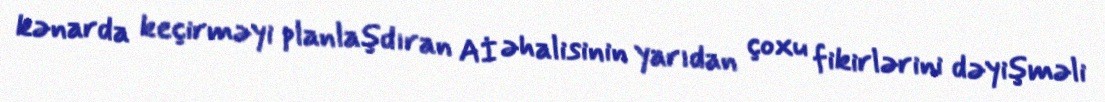
kənarda keçirməyi planlaşdıran Aİ əhalisinin yarıdan çoxu fikirlərini dəyişməli